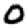
Digit: 0